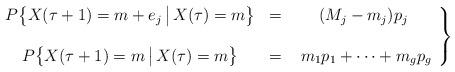
LaTeX: \begin{align*}\left. \begin{array}{ccc} P\big\{X(\tau + 1) = m + e_j \, \big| \, X(\tau) = m \big\} & = & (M_j - m_j) p_j \\ \\ P\big\{X(\tau + 1) = m \, \big| \, X(\tau) = m \big\} & = & \ m_1 p_1 + \cdots + m_g p_g \\ \end{array}\right\}\end{align*}